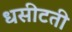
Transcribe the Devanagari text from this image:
धसीटती